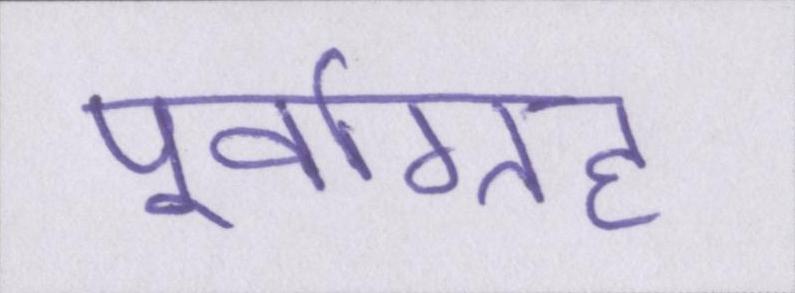
पूर्वाग्रह